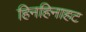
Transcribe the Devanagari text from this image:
हिनहिनाहट